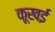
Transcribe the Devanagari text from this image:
कूखई